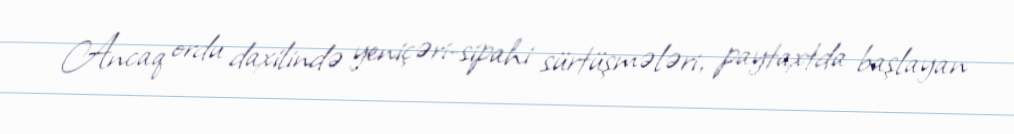
Ancaq ordu daxilində yeniçəri-sipahi sürtüşmələri, paytaxtda başlayan